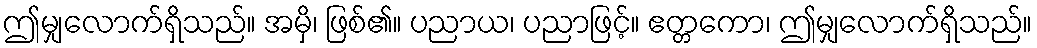
ဤမျှလောက်ရှိသည်။ အမှိ၊ ဖြစ်၏။ ပညာယ၊ ပညာဖြင့်။ ဧတ္တကော၊ ဤမျှလောက်ရှိသည်။